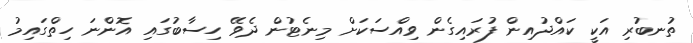
ތުނބުރި އަކީ ކައްދުއިން ފުރައިގެން ވިއްސަކަށް މިނެޓުން ދެވޭ ހިސާބުގައި އޮންނަ ހިތްގައިމު